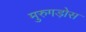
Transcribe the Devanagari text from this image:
मुरुगड़ोस